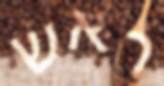
ראש